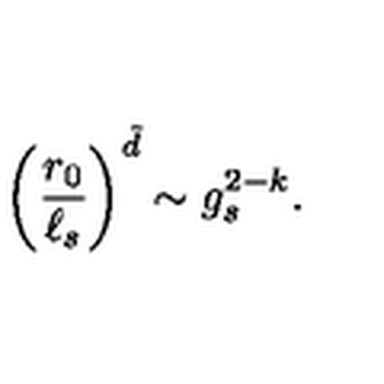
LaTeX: \left( { \frac { r _ { 0 } } { \ell _ { s } } } \right) ^ { \tilde { d } } \sim g _ { s } ^ { 2 - k } .